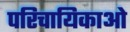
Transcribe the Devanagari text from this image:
परिचायिकाओ